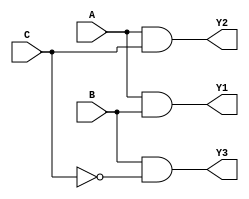
module fused_pal (
    input wire A,       // Input A
    input wire B,       // Input B
    input wire C,       // Input C
    output wire Y1,     // Output Y1
    output wire Y2,     // Output Y2
    output wire Y3      // Output Y3
);

// Programmable AND Gates
wire and_out_0; // Output of AND gate for Y1
wire and_out_1; // Output of AND gate for Y2
wire and_out_2; // Output of AND gate for Y3

// Configurable connections for AND gates
// Example configurations:
// and_out_0 = A AND B
// and_out_1 = A AND C
// and_out_2 = B AND NOT(C)

// Programmable AND gates instantiation
assign and_out_0 = A & B;        // Y1 logic
assign and_out_1 = A & C;        // Y2 logic
assign and_out_2 = B & ~C;       // Y3 logic

// Fixed OR gates
assign Y1 = and_out_0;           // Fixed connection for Y1
assign Y2 = and_out_1;           // Fixed connection for Y2
assign Y3 = and_out_2;           // Fixed connection for Y3

endmodule